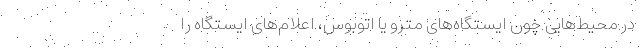
در محیط‌هایی چون ایستگاه‌های مترو یا اتوبوس، اعلام‌های ایستگاه را